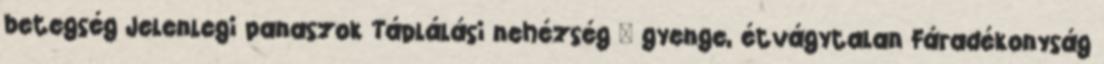
betegség Jelenlegi panaszok Táplálási nehézség – gyenge, étvágytalan Fáradékonyság